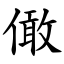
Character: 㒈